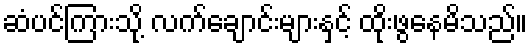
ဆံပင်ကြားသို့ လက်ချောင်းများနှင့် ထိုးဖွနေမိသည်။